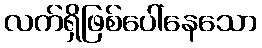
လက်ရှိဖြစ်ပေါ်နေသော